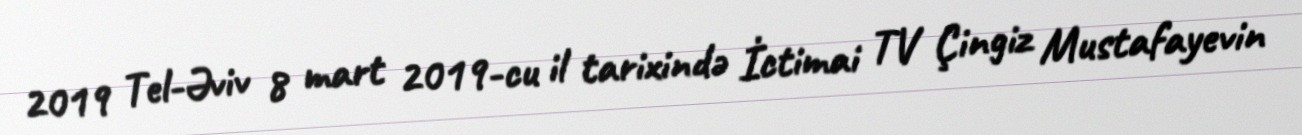
2019 Tel-Əviv 8 mart 2019-cu il tarixində İctimai TV Çingiz Mustafayevin